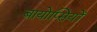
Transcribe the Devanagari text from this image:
बायोप्‍िसयों